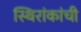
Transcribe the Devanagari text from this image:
स्थिरांकांची